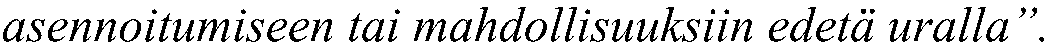
asennoitumiseen tai mahdollisuuksiin edetä uralla”.